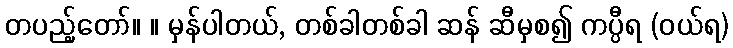
တပည့်တော်။ ။ မှန်ပါတယ်, တစ်ခါတစ်ခါ ဆန် ဆီမှစ၍ ကပ္ပီရ (ဝယ်ရ)